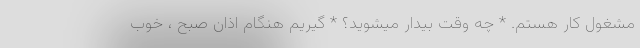
مشغول کار هستم. * چه وقت بیدار میشوید؟ * گیریم هنگام اذان صبح ، خوب